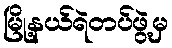
မြို့နယ်ရဲတပ်ဖွဲ့မှ